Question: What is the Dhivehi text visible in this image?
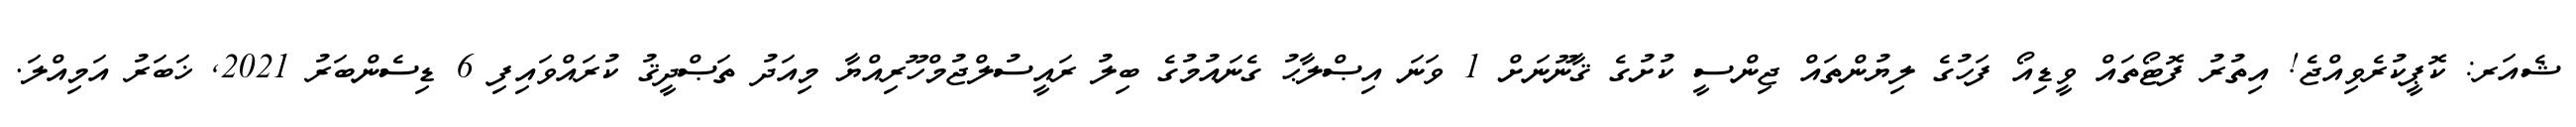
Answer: ޝެއަރ: ކޮޕީކުރެވިއްޖެ! އިތުރު ފޮޓޯތައް ވީޑިއޯ ފަހުގެ ލިޔުންތައް ޖިންސީ ކުށުގެ ޤާނޫނަށް 1 ވަނަ އިޞްލާޙު ގެނައުމުގެ ބިލު ރައީސުލްޖުމްހޫރިއްޔާ މިއަދު ތަޞްދީޤު ކުރައްވައިފި 6 ޑިސެންބަރު 2021, ޚަބަރު އަމިއްލަ.